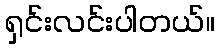
ရှင်းလင်းပါတယ်။